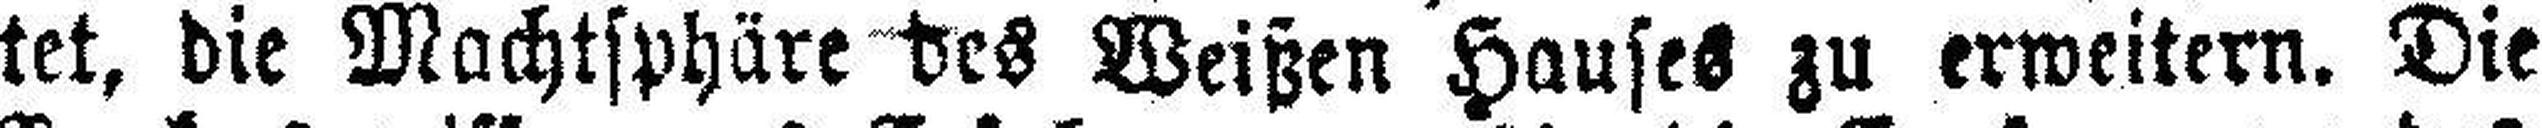
tet, die Machtsphäre des Weißen Hauses zu erweitern. Die